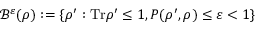
\mathcal { B } ^ { \varepsilon } ( \rho ) : = \{ \rho ^ { \prime } : \mathrm { T r } \rho ^ { \prime } \leq 1 , P ( \rho ^ { \prime } , \rho ) \leq \varepsilon < 1 \}